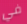
في